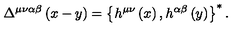
\Delta ^ { \mu \nu \alpha \beta } \left( x - y \right) = \left\{ h ^ { \mu \nu } \left( x \right) , h ^ { \alpha \beta } \left( y \right) \right\} ^ { * } .